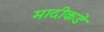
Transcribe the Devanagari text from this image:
मादीकडे